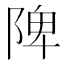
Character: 陴